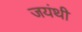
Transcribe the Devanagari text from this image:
जयंथी